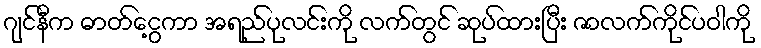
ဂျင်နီက ဓာတ်ငွေ့ကာ အရည်ပုလင်းကို လက်တွင် ဆုပ်ထားပြီး ဇာလက်ကိုင်ပဝါကို